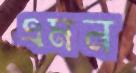
এমন